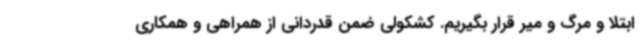
ابتلا و مرگ و میر قرار بگیریم. کشکولی ضمن قدردانی از همراهی و همکاری